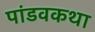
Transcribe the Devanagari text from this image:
पांडवकथा